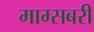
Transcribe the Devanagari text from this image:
माम्सबरी